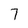
Character: 7